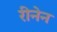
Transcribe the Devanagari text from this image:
रीनेन